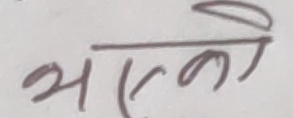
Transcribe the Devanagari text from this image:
भएको